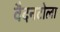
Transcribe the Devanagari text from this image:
वैदनटोला